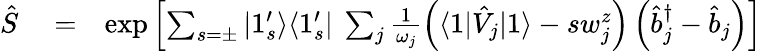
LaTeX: \begin{array}{rlr}{\hat{S}}&{{}=}&{\exp\left[\sum_{s=\pm}|1_{s}^{\prime}\rangle\langle 1_{s}^{\prime}|\ \sum_{j}\frac{1}{\omega_{j}}\left(\langle 1|\hat{V}_{j}|1\rangle-sw_{j}^{z}\right)\left(\hat{b}_{j}^{\dagger}-\hat{b}_{j}\right)\right]}\end{array}